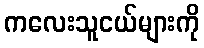
ကလေးသူငယ်များကို